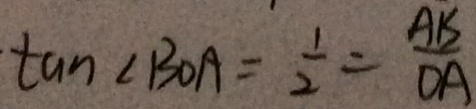
\tan \angle B O A = \frac { 1 } { 2 } = \frac { A B } { D A }